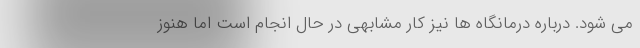
می شود. درباره درمانگاه ها نیز کار مشابهی در حال انجام است اما هنوز